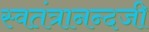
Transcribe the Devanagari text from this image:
स्वतंत्रानन्दजी